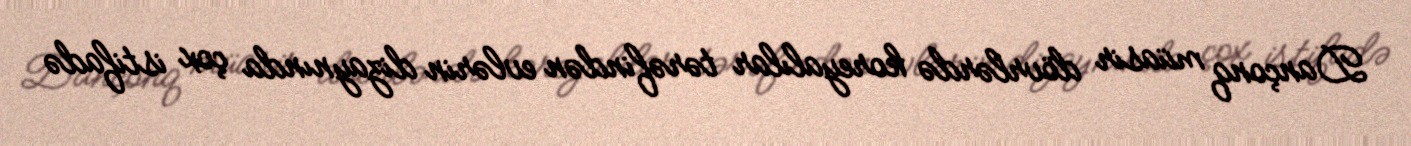
Dançonq müasir dövrlərdə koreyalılar tərəfindən evlərin dizaynında çox istifadə